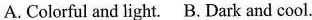
A. Colorful and light. B. Dark and cool.